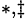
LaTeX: ^{\ast,\ddagger}